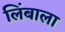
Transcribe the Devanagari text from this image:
लिंबाला